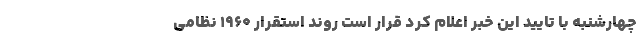
چهارشنبه با تایید این خبر اعلام کرد قرار است روند استقرار ۱۹۶۰ نظامی